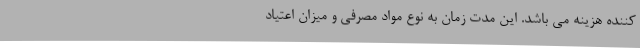
کننده هزینه می باشد. این مدت زمان به نوع مواد مصرفی و میزان اعتیاد